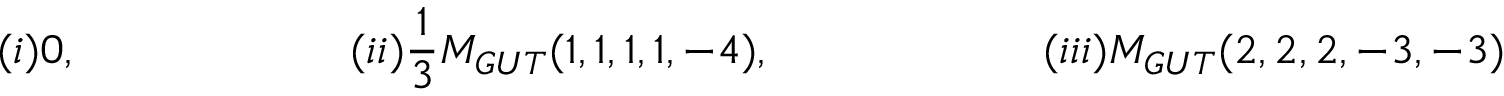
( i ) 0 , \qquad \qquad \qquad ( i i ) \frac { 1 } { 3 } M _ { G U T } ( 1 , 1 , 1 , 1 , - 4 ) , \qquad \qquad \qquad ( i i i ) M _ { G U T } ( 2 , 2 , 2 , - 3 , - 3 )